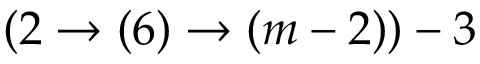
( 2 \rightarrow ( 6 ) \rightarrow ( m - 2 ) ) - 3